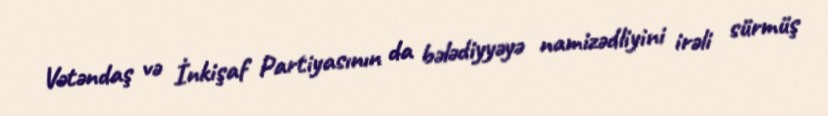
Vətəndaş və İnkişaf Partiyasının da bələdiyyəyə namizədliyini irəli sürmüş